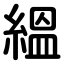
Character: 縕